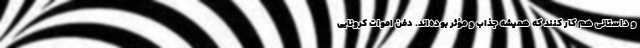
و داستانی هم کار کنند که همیشه جذاب و مؤثر بوده‌اند. دفن اموات کرونایی